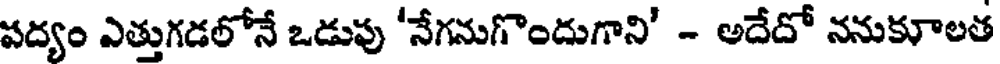
పద్యం ఎత్తుగడలోనే ఒడుపు 'నేగనుగొందుగాని' - అదేదో ననుకూలత